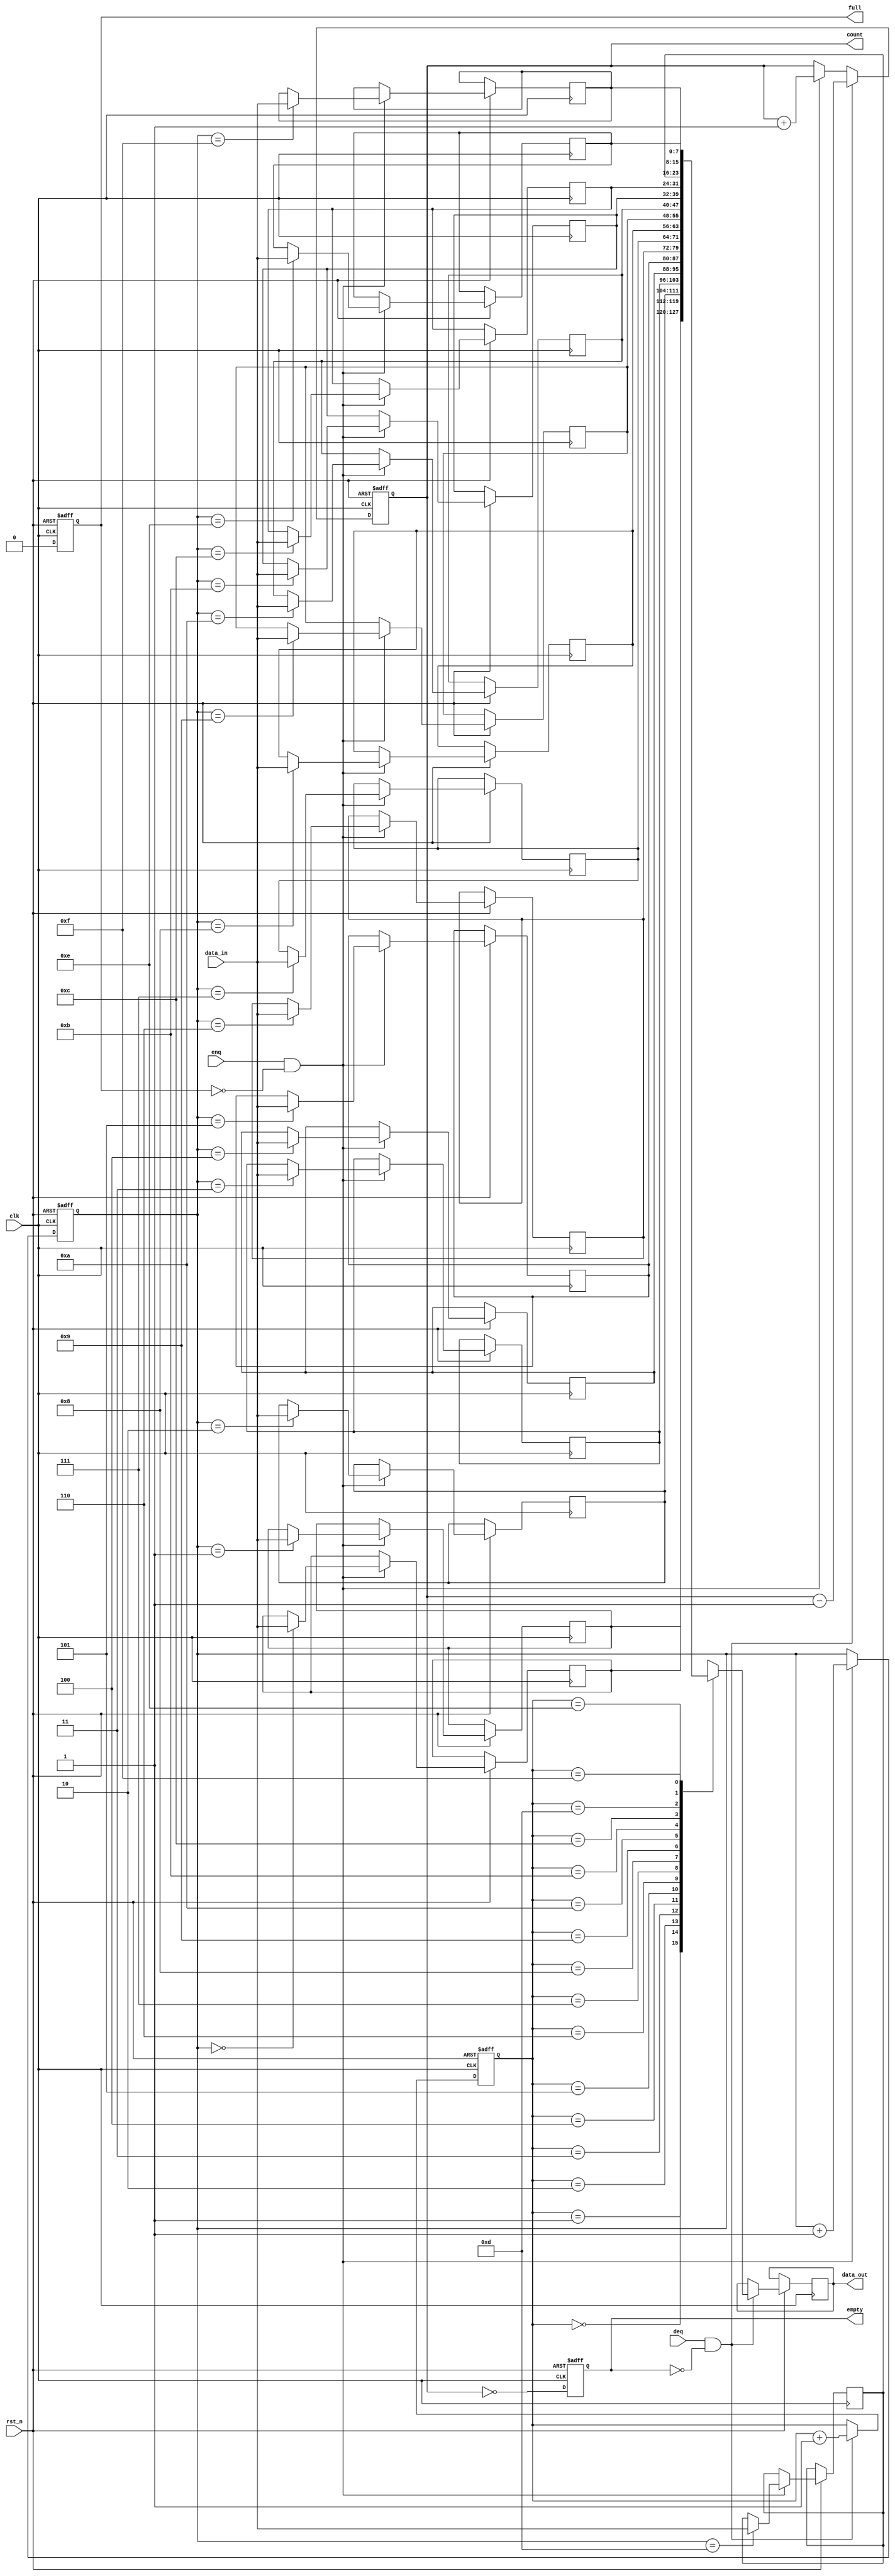
module parameterized_fifo #(
    parameter DATA_WIDTH = 8,         // Width of each data entry
    parameter FIFO_DEPTH = 16          // Total number of entries in the FIFO
) (
    input wire clk,                    // Clock signal
    input wire rst_n,                  // Asynchronous reset signal (active low)
    input wire [DATA_WIDTH-1:0] data_in, // Data input for enqueue operation
    input wire enq,                    // Enqueue control signal
    input wire deq,                    // Dequeue control signal
    output reg [DATA_WIDTH-1:0] data_out, // Data output for dequeue operation
    output reg full,                   // Full flag
    output reg empty,                  // Empty flag
    output reg [$clog2(FIFO_DEPTH)-1:0] count // Current number of items in the FIFO
);

    // Internal memory array
    reg [DATA_WIDTH-1:0] fifo_mem [0:FIFO_DEPTH-1];
    reg [$clog2(FIFO_DEPTH)-1:0] wr_ptr; // Write pointer
    reg [$clog2(FIFO_DEPTH)-1:0] rd_ptr; // Read pointer

    // Asynchronous reset
    always @(posedge clk or negedge rst_n) begin
        if (!rst_n) begin
            wr_ptr <= 0;
            rd_ptr <= 0;
            count <= 0;
            full <= 0;
            empty <= 1;
        end else begin
            // Enqueue operation
            if (enq && !full) begin
                fifo_mem[wr_ptr] <= data_in; // Write data to FIFO
                wr_ptr <= wr_ptr + 1;        // Move write pointer
                count <= count + 1;          // Increment count
            end
            
            // Dequeue operation
            if (deq && !empty) begin
                data_out <= fifo_mem[rd_ptr]; // Read data from FIFO
                rd_ptr <= rd_ptr + 1;          // Move read pointer
                count <= count - 1;            // Decrement count
            end
            
            // Update full and empty flags
            full <= (count == FIFO_DEPTH);
            empty <= (count == 0);
        end
    end

endmodule